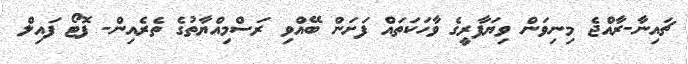
ޗައިނާ-ރާއްޖެ މިިނިވަން ވިޔަފާރީގެ ވާހަކަތައް ފަށަން ބޭއްވި ރަސްމިއްޔާތުގެ ތެރެއިން- ފޮޓޯ ފައިލް